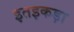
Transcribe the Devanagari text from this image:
इतइकड़ा